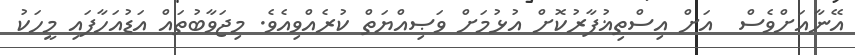
އޭނާއަށްވެސް  އަށް އިސްތިޣުފާރުކޮށް އުޅުމަށް ވަޞިއްޔަތް ކުރެއްވިއެވެ. މިޖަވާބުތައް އަޑުއަހާފައި މީހަކު